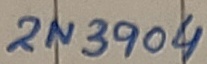
Text: 2N3904